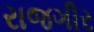
રાજગીર